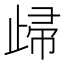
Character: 㱕